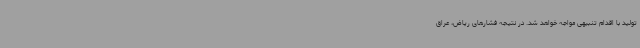
تولید با اقدام تنبیهی مواجه خواهد شد. در نتیجه فشارهای ریاض، عراق